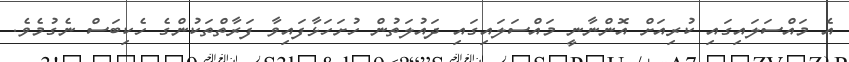
އެ މައްސަލައިގައި ކުރިއަށް އޮންނާނީ މައްސަލައިގައި ދައުލަތުން ހުށަހަޅާފައިވާ ފަރާތްތަކުންގެ ހެކިބަސް ނެގުމެވެ.